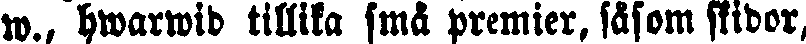
w., hwarwid tillika små premier, såsom skidor,